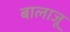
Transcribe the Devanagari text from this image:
बालाजू